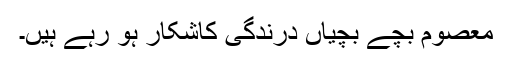
معصوم بچے بچیاں درندگی کاشکار ہو رہے ہیں۔